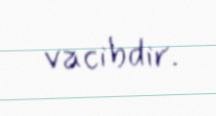
vacibdir.